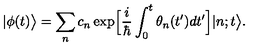
| \phi ( t ) \bigr > = \sum _ { n } c _ { n } \exp \Bigl [ \frac { i } { \hbar } \int _ { 0 } ^ { t } \theta _ { n } ( t ^ { \prime } ) d t ^ { \prime } \Bigr ] | n ; t \bigr > .